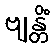
ဗျန္တိံ